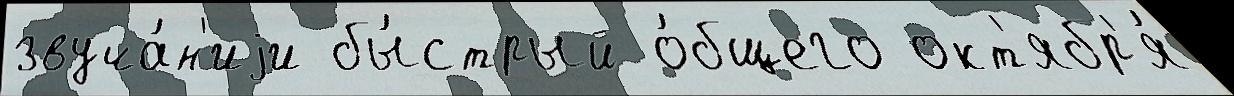
звуча́н'иjи бы́стрый о́бщего окт'ябр'я́